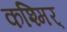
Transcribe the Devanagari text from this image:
कश्मिर्